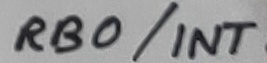
Text: RB0/INT